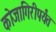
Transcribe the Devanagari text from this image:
कोजागिरीपर्यंत